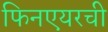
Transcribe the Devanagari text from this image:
फिनएयरची